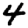
Digit: 4